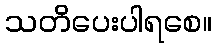
သတိပေးပါရစေ။